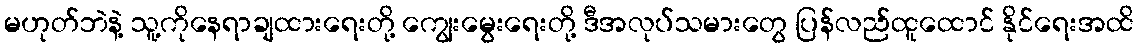
မဟုတ်ဘဲနဲ့ သူ့ကိုနေရာချထားရေးတို့ ကျွေးမွေးရေးတို့ ဒီအလုပ်သမားတွေ ပြန်လည်ထူထောင် နိုင်ရေးအထိ